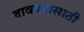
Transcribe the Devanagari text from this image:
दावण्यासाठी